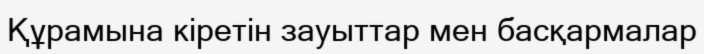
Құрамына кіретін зауыттар мен басқармалар